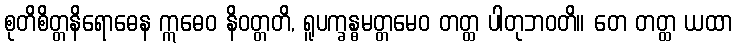
စုတိစိတ္တနိရောဓေန ဣဓေဝ နိဝတ္တတိ, ရူပက္ခန္ဓမတ္တမေဝ တတ္ထ ပါတုဘဝတိ။ တေ တတ္ထ ယထာ